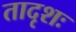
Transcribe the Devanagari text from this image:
तादृशः